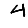
Digit: 4